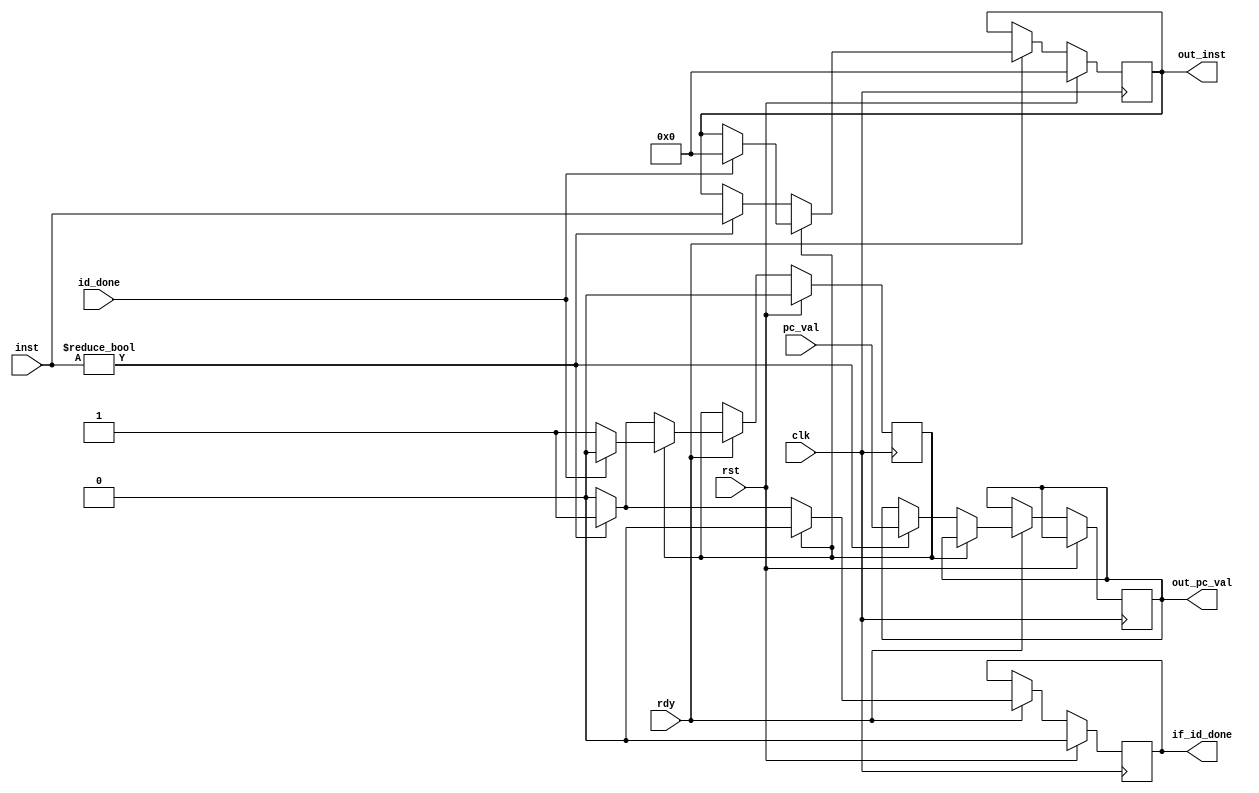
module if_id
  (
   input wire 		   clk,
   input wire 		   rst,
   input wire 		   rdy,

   input wire [31 : 0] inst,
   input wire [31 : 0] pc_val,

   output reg [31 : 0] out_inst,
   output reg [31 : 0] out_pc_val,

   input wire 		   id_done,
   output reg 		   if_id_done
  
   );

   reg 				   wait_id;

   always @ (posedge clk) begin
	  if( rst ) begin
		 out_inst <= 0;
		 if_id_done <= 0;
		 wait_id <= 0;
	  end else if( rdy == 0 ) begin
		 ;
	  end else begin
		 if_id_done <= 0;

		 if( wait_id ) begin
			if( id_done ) begin
			   out_inst <= 0;
			   wait_id <= 0;
			end
		 end else begin
			if( inst ) begin
			   out_inst <= inst;
			   out_pc_val <= pc_val;
			   if_id_done <= 1;
			   wait_id <= 1;
			end
		 end
	  end
   end

endmodule